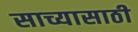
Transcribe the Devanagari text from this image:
साच्यासाठी